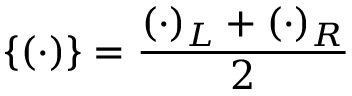
\{ ( \cdot ) \} = \frac { ( \cdot ) _ { L } + ( \cdot ) _ { R } } { 2 }